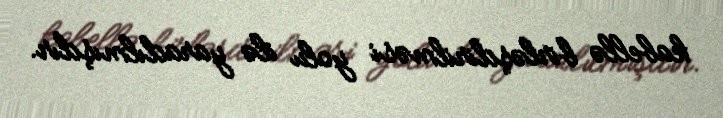
kabellə birləşdirilməsi yolu ilə yaradılmışdır.